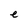
Character: e